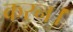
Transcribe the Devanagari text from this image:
करन।